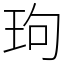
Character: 玽